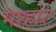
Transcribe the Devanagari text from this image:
मश्होर